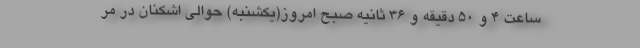
ساعت ۴ و ۵۰ دقیقه و ۳۶ ثانیه صبح امروز(یکشنبه) حوالی اشکنان در مر